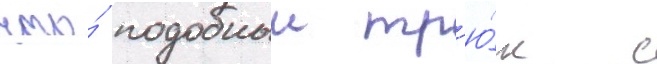
что́ подобныи тр'ю́к с